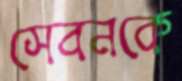
সেবনকে